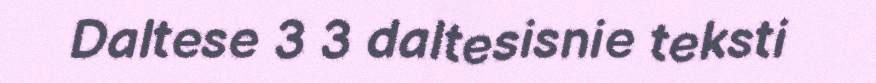
Daltese 3 3 daltesisnie teksti